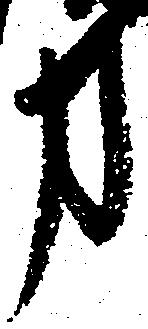
事